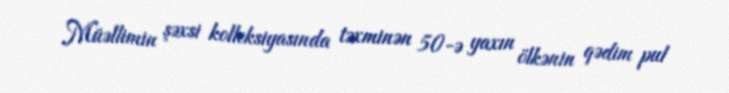
Müəllimin şəxsi kolleksiyasında təxminən 50-ə yaxın ölkənin qədim pul